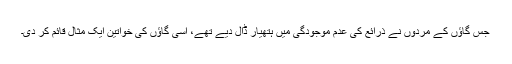
جس گاؤں کے مردوں نے ذرائع کی عدم موجودگی میں ہتھیار ڈال دیے تھے، اسی گاؤں کی خواتین ایک مثال قائم کر دی۔